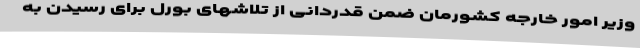
وزیر امور خارجه کشورمان ضمن قدردانی از تلاشهای بورل برای رسیدن به